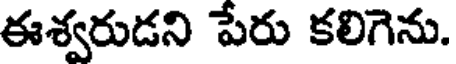
ఈశ్వరుడని పేరు కలిగెను.